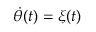
\dot { \theta } ( t ) = \xi ( t )